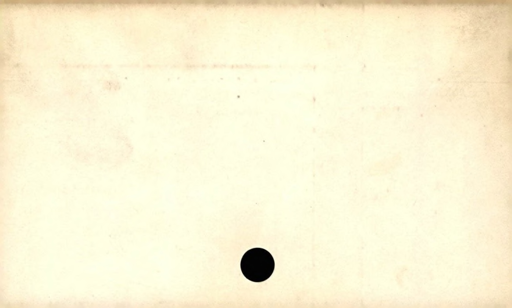
Label: blank